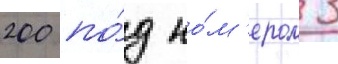
200 по́д но́м'ером 3